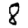
Digit: 8